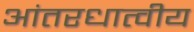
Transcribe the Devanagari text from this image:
आंतरधात्वीय